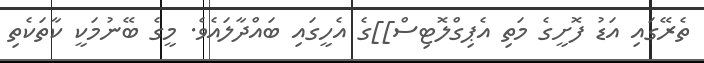
ތެރޭގައި އަޑު ފޮށީގެ މަތި އެޕިގްލޮޓިސް]]ގެ އެހީގައި ބައްދާލައެވެ. މީގެ ބޭނުމަކީ ކާތަކެތި